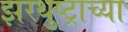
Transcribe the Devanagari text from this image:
झरथुष्ट्राच्या